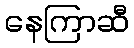
နေကြာဆီ